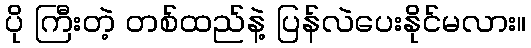
ပို ကြီးတဲ့ တစ်ထည်နဲ့ ပြန်လဲပေးနိုင်မလား။